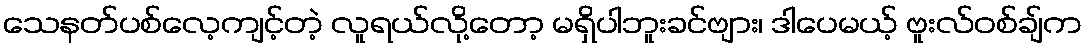
သေနတ်ပစ်လေ့ကျင့်တဲ့ လူရယ်လို့တော့ မရှိပါဘူးခင်ဗျား၊ ဒါပေမယ့် ဗူးလ်ဝစ်ချ်က